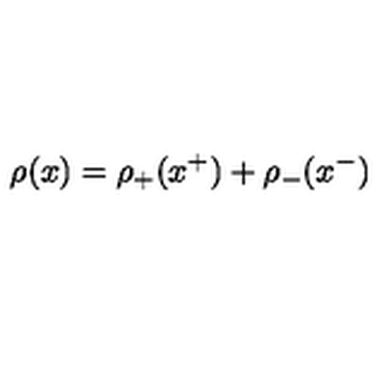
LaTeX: \rho ( x ) = \rho _ { + } ( x ^ { + } ) + \rho _ { - } ( x ^ { - } )